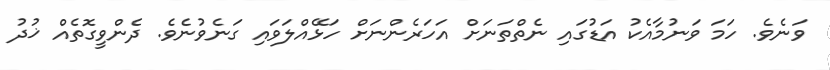
ވަނެވެ. ހަމަ ވަނުމާއެކު އަޑުގައި ނެތްތަނަށް އަހަރެންނަށް ހަޅޭއްލަވައި ގަނެވުނެވެ. ދެންވީގޮތެއް ޚުދު